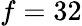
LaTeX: f=32